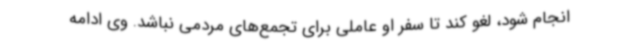
انجام شود، لغو کند تا سفر او عاملی برای تجمع‌های مردمی نباشد. وی ادامه